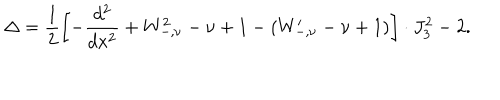
LaTeX: \Delta = \frac { 1 } { 2 } \left[ - \frac { d ^ { 2 } } { d x ^ { 2 } } + W _ { - , \nu } ^ { 2 } - \nu + 1 - ( W _ { - , \nu } ^ { \prime } - \nu + 1 ) \right] \cdot J _ { 3 } ^ { 2 } - 2 .